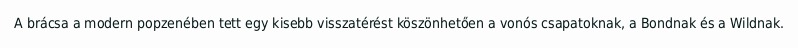
A brácsa a modern popzenében tett egy kisebb visszatérést köszönhetően a vonós csapatoknak, a Bondnak és a Wildnak.